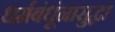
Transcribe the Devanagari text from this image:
धर्मबंधूंनासुद्धा